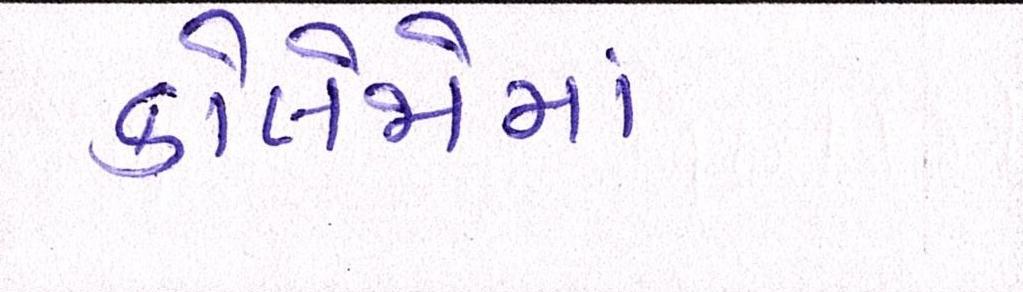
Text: કોલેજોમાં